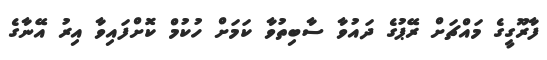
ފާރޫގީގެ މައްޗަށް ރޭޕުގެ ދައުވާ ސާބިތުވާ ކަމަށް ހުކުމް ކޮށްފައިވާ އިރު އޭނާގެ